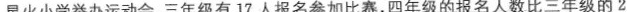
星火小学举办运动会，三年级有17人报名参加比赛，四年级的报名人数比三年级的2